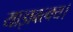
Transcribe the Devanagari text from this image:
याज्ञवल्क्य।